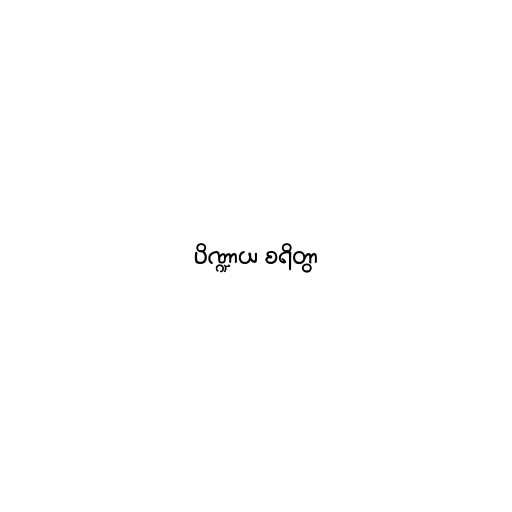
ပိဏ္ဍာယ စရိတွာ